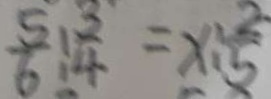
\frac { 5 } { 6 } : \frac { 3 } { 4 } = x : \frac { 2 } { 5 }